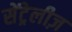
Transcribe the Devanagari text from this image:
सेंट्रेलीज़